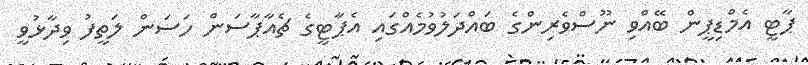
ޕާޓީ އެމްޑިޕީން ބޭއްވި ނޫސްވެރިންގެ ބައްދަލުވުމެއްގައި އެޕާޓީގެ ޗެއާޕާސަން ހަސަން ލަތީފު ވިދާޅުވީ